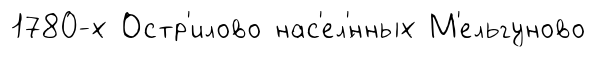
1780-х Остр'илово нас'ел'́нных М'ельгуново